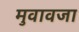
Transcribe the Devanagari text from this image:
मुवावजा